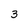
Character: 3